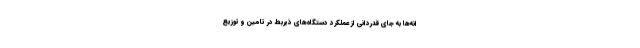
انه‌ها به جای قدردانی از عملکرد دستگاه‌های ذیربط در تامین و توزیع